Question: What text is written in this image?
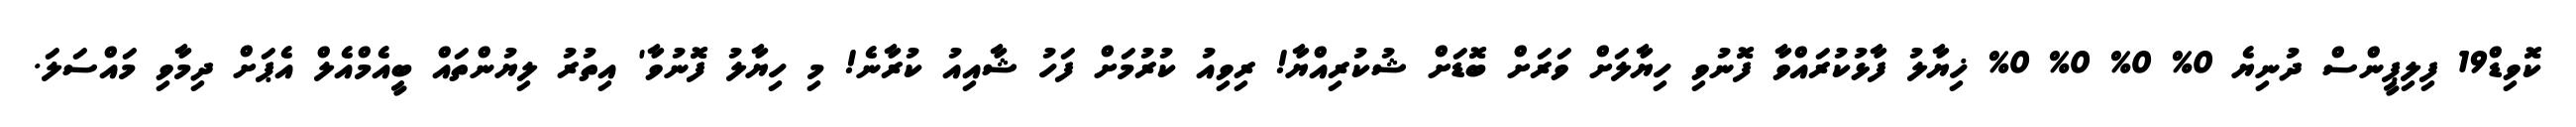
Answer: ކޮވިޑް19 ފިލިޕީންސް ދުނިޔެ 0% 0% 0% 0% ޚިޔާލު ފާޅުކުރައްވާ ފޮނުވި ހިޔާލަށް ވަރަށް ބޮޑަށް ޝުކުރިއްޔާ! ރިވިއު ކުރުމަށް ފަހު ޝާއިއު ކުރާނެ! މި ހިޔާލު ފޮނުވާ' އިތުރު ލިޔުންތައް ބީއެމްއެލް އެޕަށް ދިމާވި މައްސަލަ.